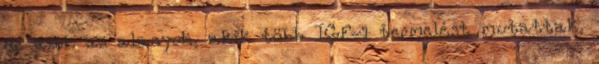
de azok az alanyok, akik több IGF-1 termelést mutattak,